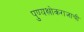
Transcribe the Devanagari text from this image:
पुण्यश्लोकराजाची